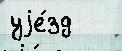
уjе́зд